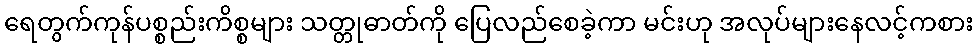
ရေတွက်ကုန်ပစ္စည်းကိစ္စများ သတ္တုဓာတ်ကို ပြေလည်စေခဲ့ကာ မင်းဟု အလုပ်များနေလင့်ကစား